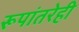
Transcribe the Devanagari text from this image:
रूपांतरेही